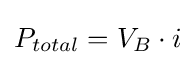
P_{total}=V_{B}\cdot i